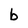
Character: b